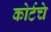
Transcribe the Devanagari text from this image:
कोर्टचे